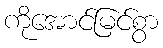
ကိုအောင်မြင်စွာ